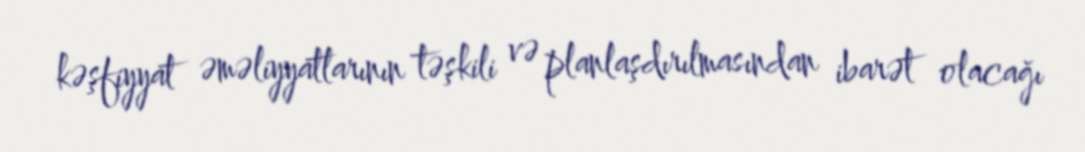
kəşfiyyat əməliyyatlarının təşkili və planlaşdırılmasından ibarət olacağı